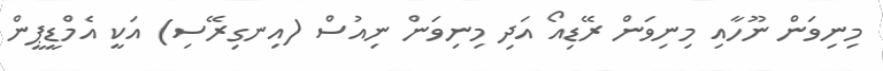
މިނިވަން ނޫހާއި މިނިވަން ރޭޑިއޯ އަދި މިނިވަން ނިއުސް (އިނގިރޭސި) އަކީ އެމްޑީޕީން